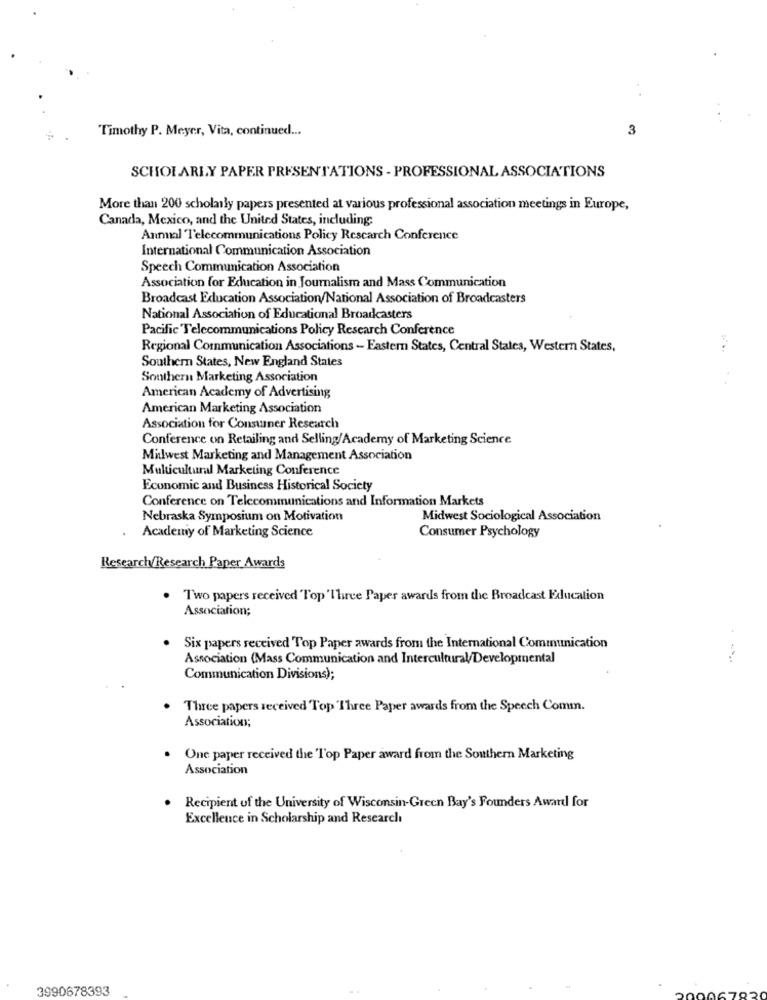
Timothy P. Meyer, Vita, continued ...
3
SCHOLARLY PAPER PRESENTATIONS - PROFESSIONAL ASSOCIATIONS
More than 200 scholarly papers presented at various professional association meetings in Europe,
Canada, Mexico, and the United States, including;
Annual Telecommunications Policy Research Conference
International Communication Association
Speech Communication Association
Association for Education in Journalism and Mass Communication
Broadcast Education Association/National Association of Broadcasters
National Association of Educational Broadcasters
Pacific Telecommunications Policy Research Conference
Regional Communication Associations - Eastern States, Central States, Western States,
Southern States, New England States
Southern Marketing Association
American Academy of Advertising
American Marketing Association
Association for Consumer Research
Conference on Retailing and Selling/Academy of Marketing Science
Milwest Marketing and Management Association
Multicultural Marketing Conference
Economic and Business Historical Society
Conference on Telecommunications and Information Markets
Nebraska Symposium on Motivation
Midwest Sociological Association
Academy of Marketing Science
Consumer Psychology
Research/Research Paper Awards
. Two papers received Top 'I'liree Paper awards from the Broadcast Falucation
Association;
Six papers received Top Paper awards from the International Communication
Association (Mass Communication and Intercultural/Developmental
Communication Divisions);
Three papers received Top Three Paper awards from the Speech Comm.
Association;
One paper received the Top Paper award from the Southern Marketing
Association
. Recipient of the University of Wisconsin-Green Bay's Founders Award for
Excellence in Scholarship and Research
3990678393